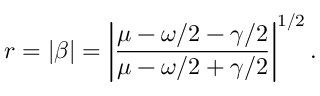
r = | \beta | = \left| \frac { \mu - \omega / 2 - \gamma / 2 } { \mu - \omega / 2 + \gamma / 2 } \right| ^ { 1 / 2 } .